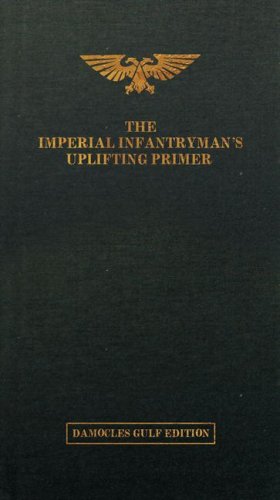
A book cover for The Imperial Infantryman's Uplifting Primer, Damocles Gulf Edition; Matt Ralphs; Arts & Photography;